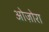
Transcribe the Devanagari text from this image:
ओज़ोरा